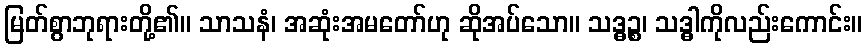
မြတ်စွာဘုရားတို့၏။ သာသနံ၊ အဆုံးအမတော်ဟု ဆိုအပ်သော။ သဒ္ဓဉ္စ၊ သဒ္ဓါကိုလည်းကောင်း။